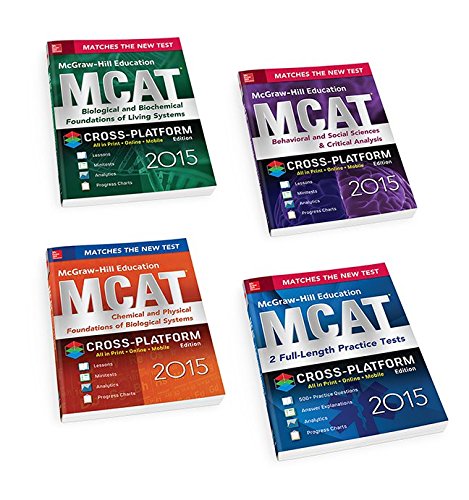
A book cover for McGraw-Hill Education MCAT 2015 4-Book Value Pack, Cross-Platform Edition (Mcgraw-Hill Education Mcat Preparation); George Hademenos; Test Preparation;